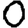
Digit: 0